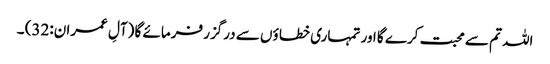
اللہ تم سے محبت کرے گا اور تمہاری خطا ؤں سے درگزر فرمائے گا (آلِ عمران:32) ۔